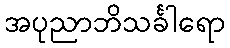
အပုညာဘိသင်္ခါရော